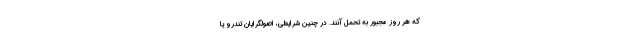
که هر روز مجبور به تحمل آنند. در چنین شرایطی، اصولگرایان تندرو یا